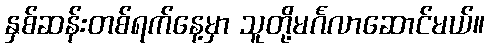
နှစ်ဆန်းတစ်ရက်နေ့မှာ သူတို့မင်္ဂလာဆောင်မယ်။